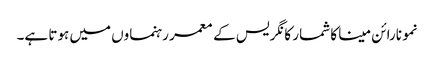
نمو نارائن مینا کا شمار کانگریس کے معمر رہنماوں میں ہوتا ہے۔